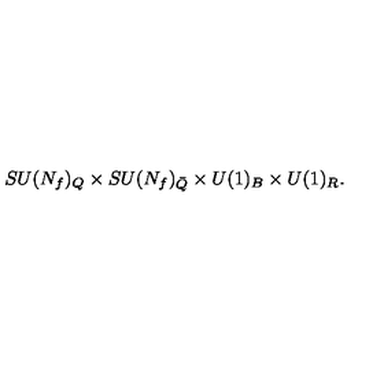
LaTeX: S U ( N _ { f } ) _ { Q } \times S U ( N _ { f } ) _ { \bar { Q } } \times U ( 1 ) _ { B } \times U ( 1 ) _ { R } .